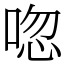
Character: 唿